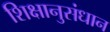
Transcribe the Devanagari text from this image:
शिक्षानुसंधान